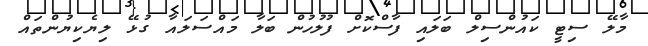
މާލޭ ސިޓީ ކައުންސިލް ބަލައި ފާސްކޮށް ފުލުހުން ބަލާ މައްސަލައާ ގުޅޭ ލިޔެކިޔުންތައް